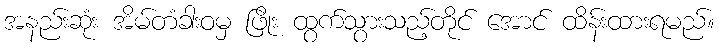
အနည်းဆုံး အိမ်တံခါးဝမှ ဖြိုး ထွက်သွားသည့်တိုင် အောင် ထိန်းထားရမည်။